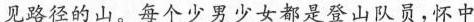
见路径的山。每个少男少女都是登山队员，怀中